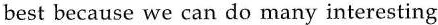
best because we can do many interesting